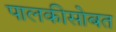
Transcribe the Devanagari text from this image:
पालकीसोबत